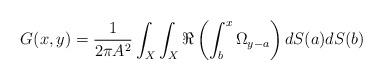
LaTeX: \begin{align*}G(x, y)=\frac{1}{2\pi A^2}\int_X\int_X \Re \left(\int_b^x\Omega_{y-a}\right)dS(a)dS(b)\,\end{align*}